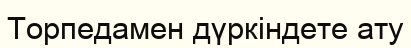
Торпедамен дүркіндете ату